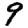
Digit: 9